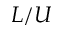
L / U